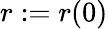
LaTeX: r:=r(0)